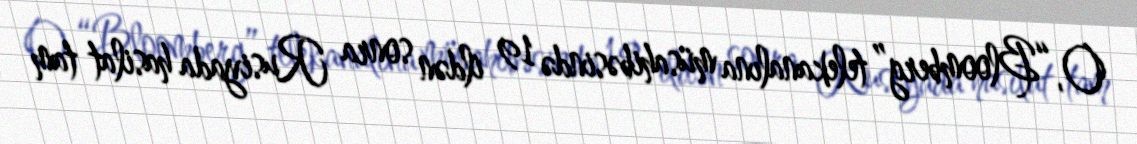
O, “Bloomberg” telekanalına müsahibəsində 19 ildən sonra Rusiyada hasilat tam